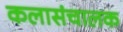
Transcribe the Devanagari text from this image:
कलासंचालक